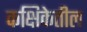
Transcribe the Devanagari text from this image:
कक्षिकेतील